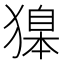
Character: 𬍂